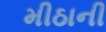
મીઠાની